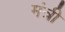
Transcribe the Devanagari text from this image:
मंत्री